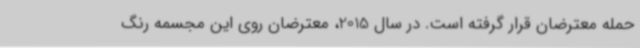
حمله معترضان قرار گرفته است. در سال 2015، معترضان روی این مجسمه رنگ